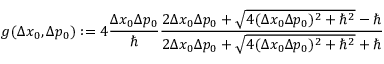
g ( \Delta x _ { 0 } , \Delta p _ { 0 } ) : = 4 \frac { \Delta x _ { 0 } \Delta p _ { 0 } } { \hbar } \frac { 2 \Delta x _ { 0 } \Delta p _ { 0 } + \sqrt { 4 ( \Delta x _ { 0 } \Delta p _ { 0 } ) ^ { 2 } + { \hbar } ^ { 2 } } - \hbar } { 2 \Delta x _ { 0 } \Delta p _ { 0 } + \sqrt { 4 ( \Delta x _ { 0 } \Delta p _ { 0 } ) ^ { 2 } + { \hbar } ^ { 2 } } + \hbar }